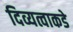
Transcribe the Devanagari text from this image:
दिव्यत्वाकडे